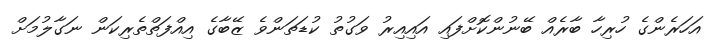
އަހަރެންގެ ހުރިހާ ބާރެއް ބޭނުންކޮށްފައި އައިއިރު ވަގުތު ކުޑަތަންވެ ޒޭބާގެ އިއްފަތްތެރިކަން ނަގާލުމަށް